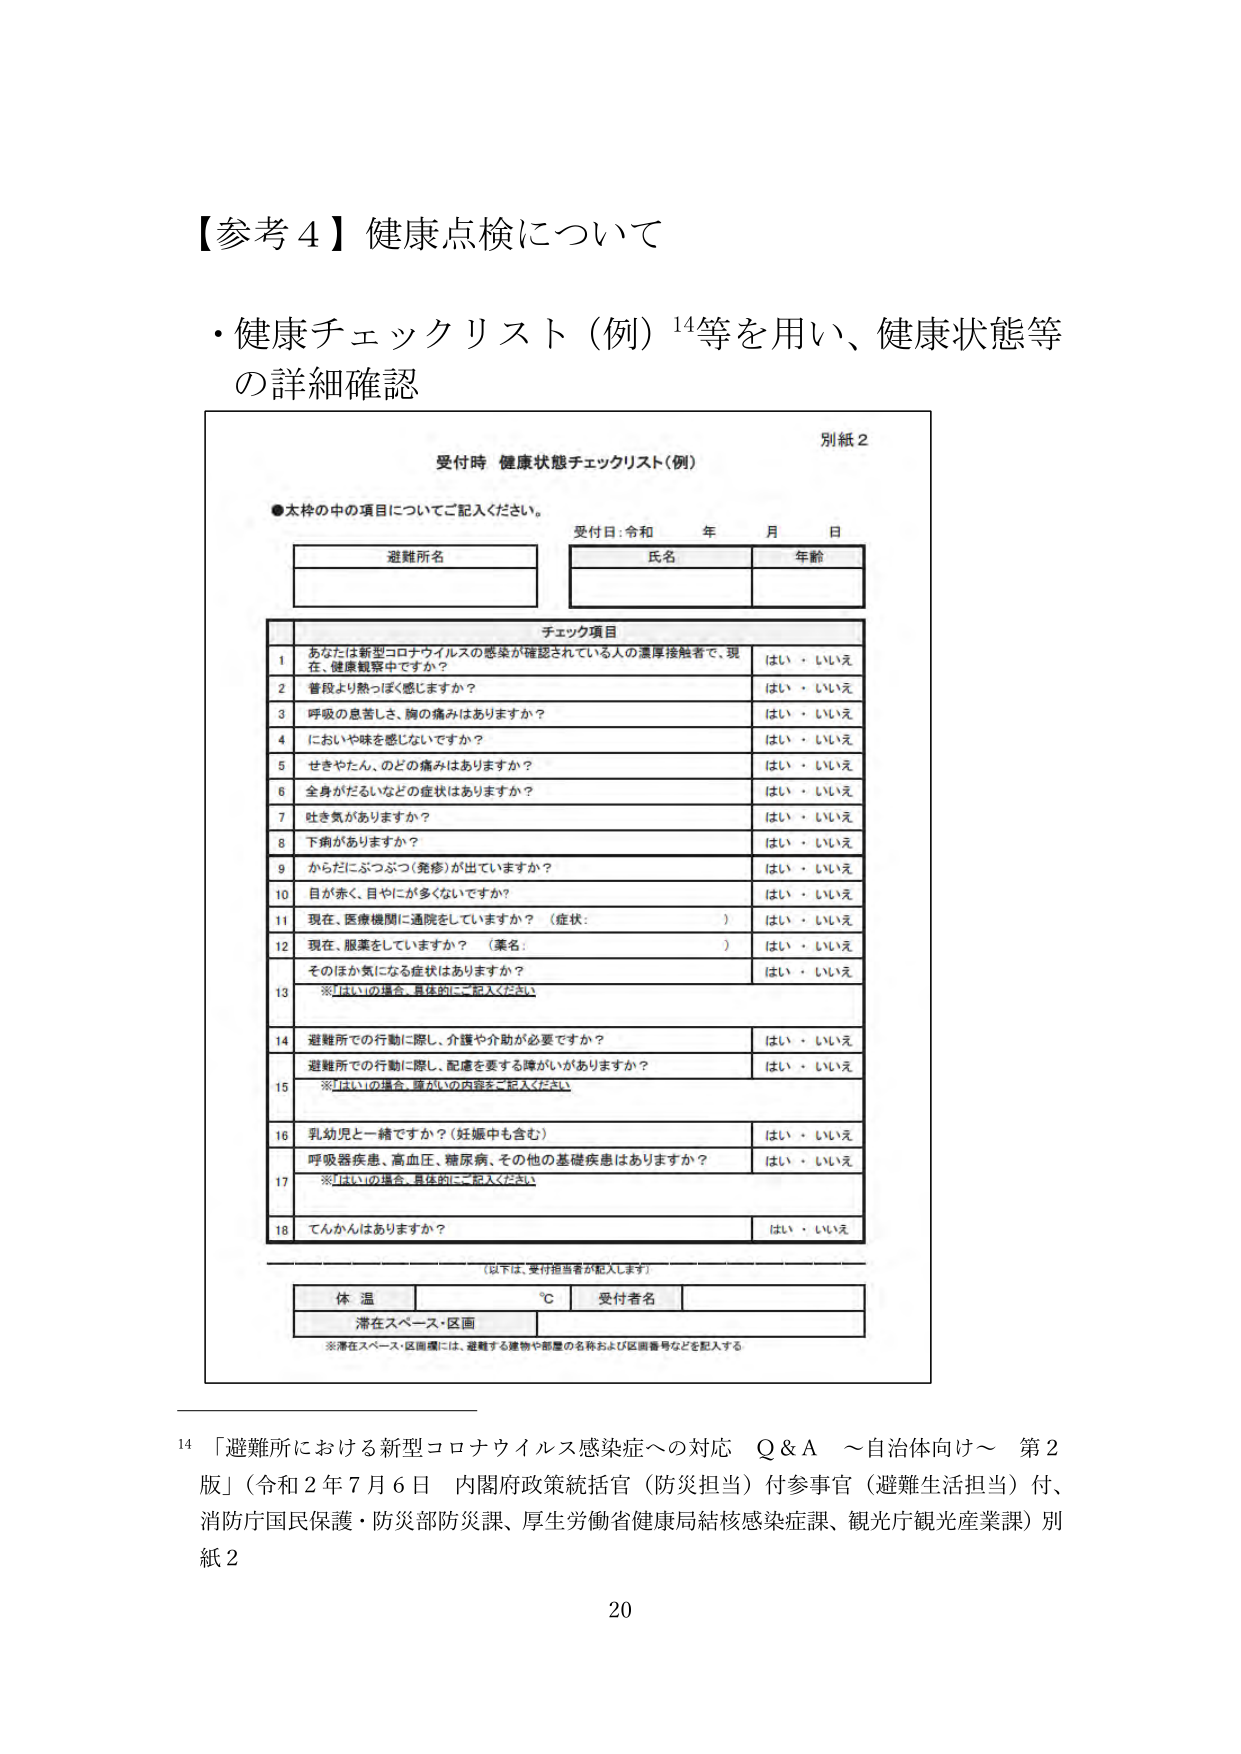
【参考４】健康点検について

・健康チェックリスト（例）¹⁴等を用い、健康状態等
の詳細確認

別紙２
受付時 健康状態チェックリスト（例）

●太枠の中の項目についてご記入ください。

受付日：令和 年 月 日

避難所名
氏名 年齢

チェック項目

1 あなたは新型コロナウイルスの感染が確認されている人の濃厚接触者で、現在、健康観察中ですか？
はい・いいえ

2 普段より熱っぽく感じますか？
はい・いいえ

3 呼吸の息苦しさ、胸の痛みはありますか？
はい・いいえ

4 においや味を感じないですか？
はい・いいえ

5 せきやたん、のどの痛みはありますか？
はい・いいえ

6 全身がだるいなどの症状はありますか？
はい・いいえ

7 吐き気がありますか？
はい・いいえ

8 下痢がありますか？
はい・いいえ

9 からだにぶつぶつ（発疹）が出ていますか？
はい・いいえ

10 目が赤く、目やにが多くないですか？
はい・いいえ

11 現在、医療機関に通院をしていますか？（症状： ）
はい・いいえ

12 現在、服薬をしていますか？（薬名： ）
はい・いいえ

13 そのほか気になる症状はありますか？
※「はい」の場合、具体的にご記入ください

14 避難所での行動に際し、介護や介助が必要ですか？
はい・いいえ

15 避難所での行動に際し、配慮を要する障がいがありますか？
※「はい」の場合、障がいの内容をご記入ください

16 乳幼児と一緒ですか？（妊娠中も含む）
はい・いいえ

17 呼吸器疾患、高血圧、糖尿病、その他の基礎疾患はありますか？
※「はい」の場合、具体的にご記入ください

18 てんかんはありますか？
はい・いいえ

（以下は、受付担当者が記入します）

体温 ℃ 受付者名

滞在スペース・区画
※滞在スペース・区画欄には、避難する建物や部屋の名称および区画番号などを記入する

¹⁴「避難所における新型コロナウイルス感染症への対応 Q＆A ～自治体向け～ 第2版」（令和2年7月6日 内閣府政策統括官（防災担当）付参事官（避難生活担当）付、消防庁国民保護・防災部防災課、厚生労働省健康局結核感染症課、観光庁観光産業課）別紙2

20